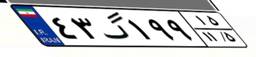
۱۲گ۷۴۰۱۴